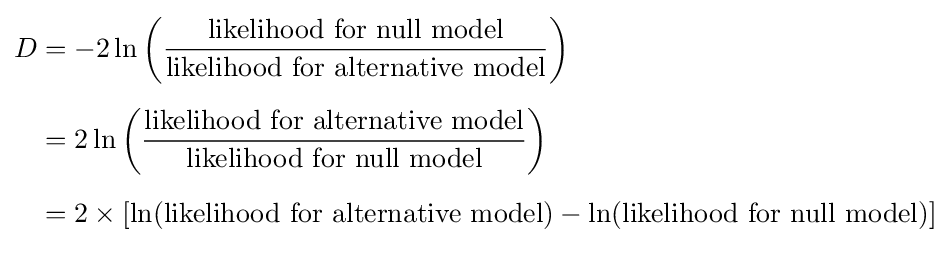
{\begin{aligned}D&=-2\ln \left({\frac {\text{likelihood for null model}}{\text{likelihood for alternative model}}}\right)\\[5pt]&=2\ln \left({\frac {\text{likelihood for alternative model}}{\text{likelihood for null model}}}\right)\\[5pt]&=2\times [\ln({\text{likelihood for alternative model}})-\ln({\text{likelihood for null model}})]\\[5pt]\end{aligned}}